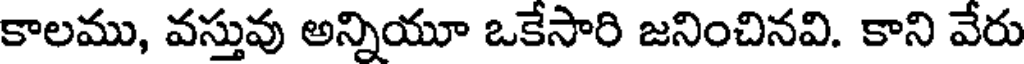
కాలము, వస్తువు అన్నియూ ఒకేసారి జనించినవి. కాని వేరు